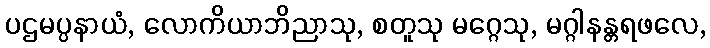
ပဌမပ္ပနာယံ, လောကိယာဘိညာသု, စတူသု မဂ္ဂေသု, မဂ္ဂါနန္တရဖလေ,